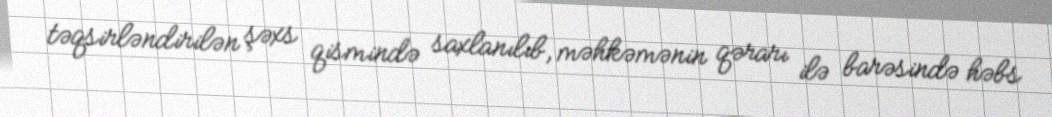
təqsirləndirilən şəxs qismində saxlanılıb, məhkəmənin qərarı ilə barəsində həbs